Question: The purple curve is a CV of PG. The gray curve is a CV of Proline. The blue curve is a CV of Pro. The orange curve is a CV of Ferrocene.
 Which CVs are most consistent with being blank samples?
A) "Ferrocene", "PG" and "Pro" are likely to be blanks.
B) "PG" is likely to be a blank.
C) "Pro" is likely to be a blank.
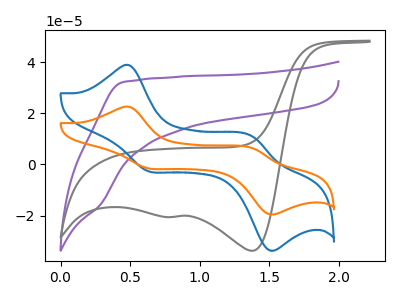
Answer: <think>The purple curve "PG" has no peaks. The gray curve "Proline" has cathodic peaks at (1.40V, -33.75uA) (0.80V, -20.55uA). The blue curve "Pro" has anodic peaks at (0.50V, 38.75uA) (1.40V, 10.95uA) and cathodic peaks at (0.65V, -2.65uA) (1.50V, -33.50uA). The orange curve "Ferrocene" has anodic peaks at (0.50V, 22.50uA) (1.40V, 6.35uA) and cathodic peaks at (0.65V, -1.55uA) (1.50V, -19.45uA).</think>
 <answer>B) "PG" is likely to be a blank.</answer>
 <eval>B</eval>